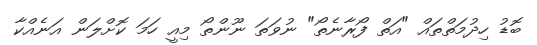
ބޮޑު ހިދުމަތްތައް "އަތް ފޯރާނެތޯ" ނުވަތަ ނޫންތޯ މިއީ ހަމަ ކޮށްލަން އަނެއްކާ